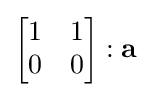
{\begin{bmatrix}1&1\\0&0\end{bmatrix}}:\mathbf {a}